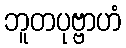
ဘူတပုဗ္ဗာဟံ